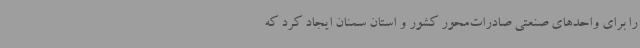
را برای واحدهای صنعتی صادرات‌محور کشور و استان سمنان ایجاد کرد که